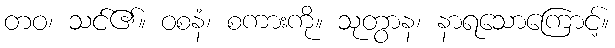
တဝ၊ သင်၏။ ဝစနံ၊ စကားကို။ သုတွာန၊ နာရသောကြောင့်။